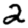
Digit: 2